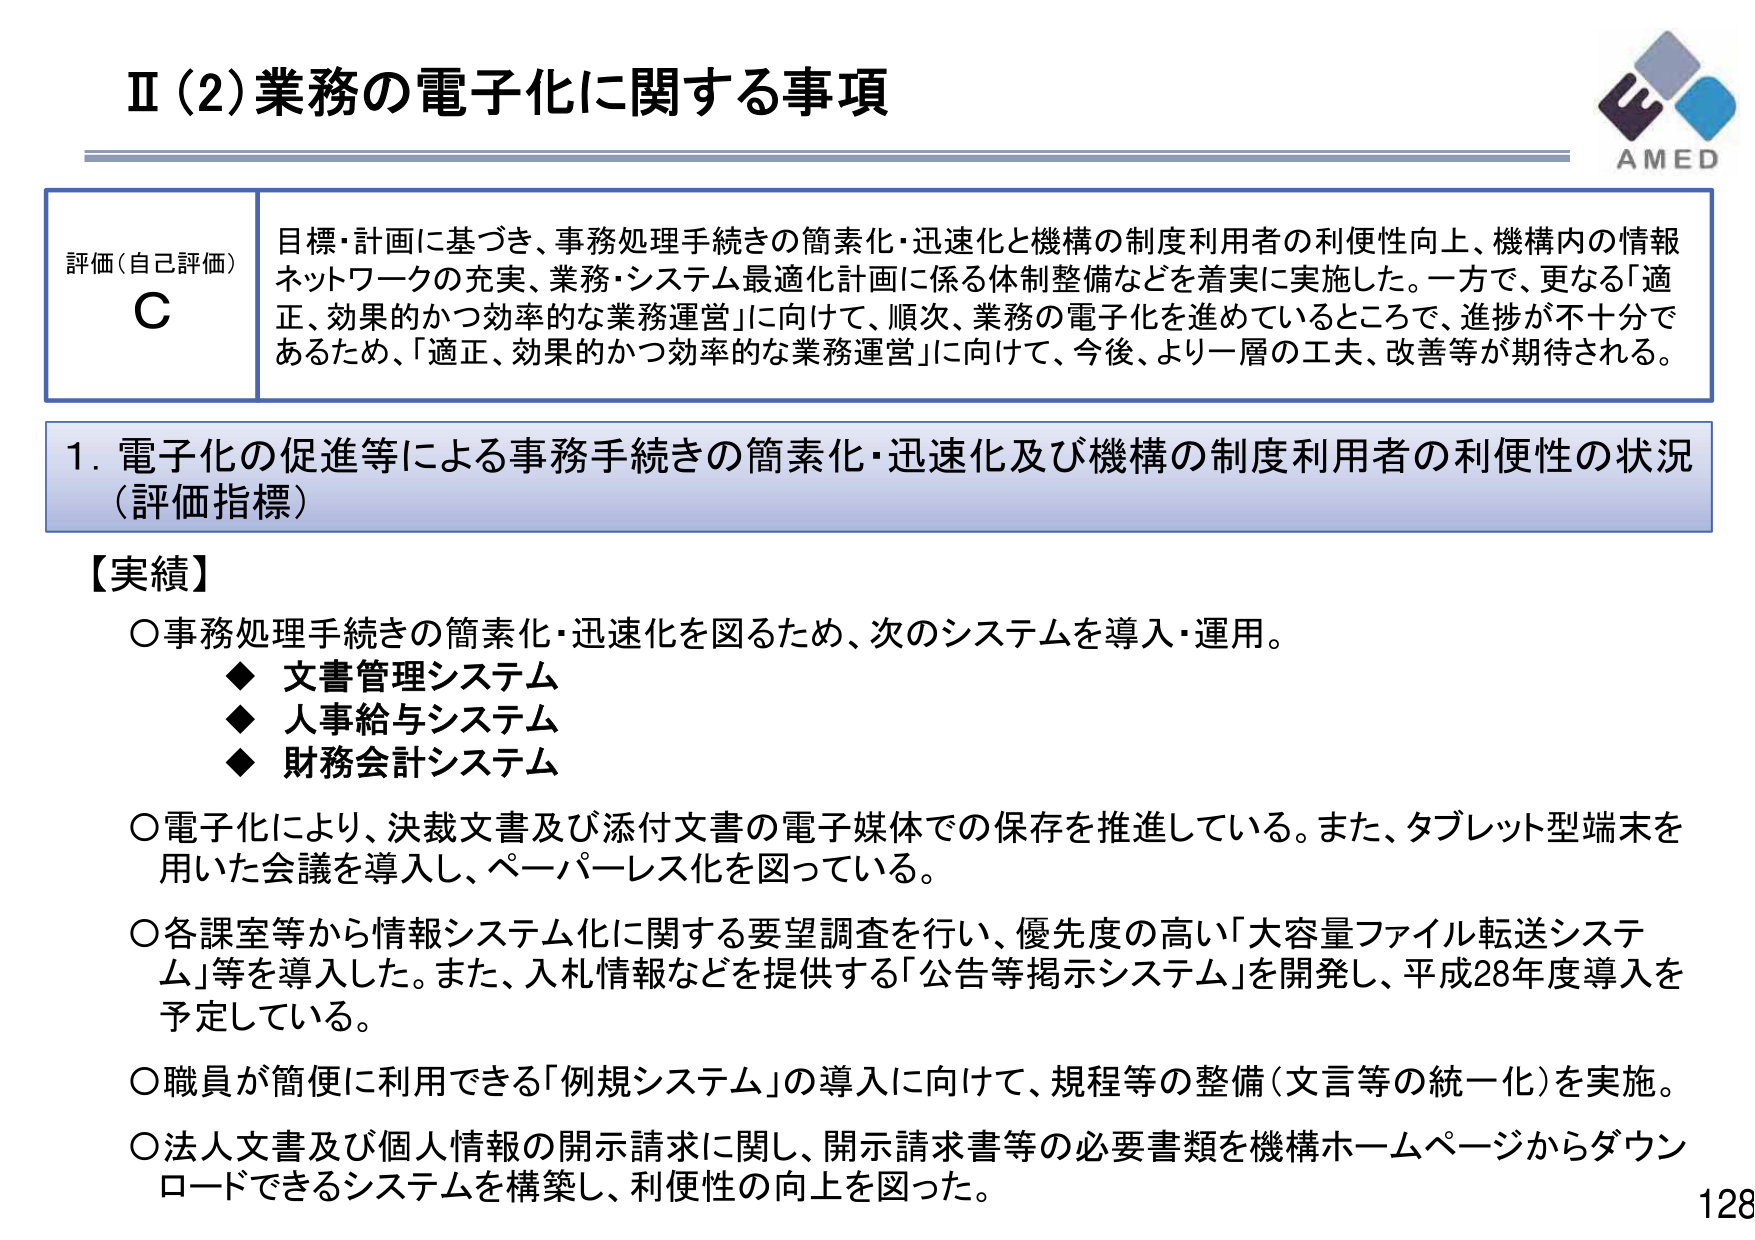
Ⅱ（2）業務の電子化に関する事項

評価（自己評価）
C
目標・計画に基づき、事務処理手続きの簡素化・迅速化と機構の制度利用者の利便性向上、機構内の情報ネットワークの充実、業務・システム最適化計画に係る体制整備などを着実に実施した。一方で、更なる「適正、効果的かつ効率的な業務運営」に向けて、順次、業務の電子化を進めているところであるが、進捗が不十分であるため、「適正、効果的かつ効率的な業務運営」に向けて、今後、より一層の工夫、改善等が期待される。

1. 電子化の促進等による事務手続きの簡素化・迅速化及び機構の制度利用者の利便性の状況（評価指標）

【実績】
○事務処理手続きの簡素化・迅速化を図るため、次のシステムを導入・運用。
　◆ 文書管理システム
　◆ 人事給与システム
　◆ 財務会計システム
○電子化により、決裁文書及び添付文書の電子媒体での保存を推進している。また、タブレット型端末を用いた会議を導入し、ペーパーレス化を図っている。
○各課室等から情報システム化に関する要望調査を行い、優先度の高い「大容量ファイル転送システム」等を導入した。また、入札情報などを提供する「公告等掲示システム」を開発し、平成28年度導入を予定している。
○職員が簡便に利用できる「例規システム」の導入に向けて、規程等の整備（文言等の統一化）を実施。
○法人文書及び個人情報の開示請求に関し、開示請求書等の必要書類を機構ホームページからダウンロードできるシステムを構築し、利便性の向上を図った。

AMED
128